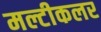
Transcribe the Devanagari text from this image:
मल्टीकलर